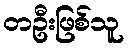
တဦးဖြစ်သူ